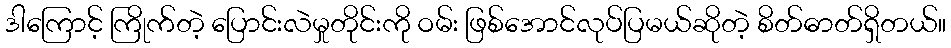
ဒါကြောင့် ကြိုက်တဲ့ ပြောင်းလဲမှုတိုင်းကို ဝမ်း ဖြစ်အောင်လုပ်ပြမယ်ဆိုတဲ့ စိတ်ဓာတ်ရှိတယ်။